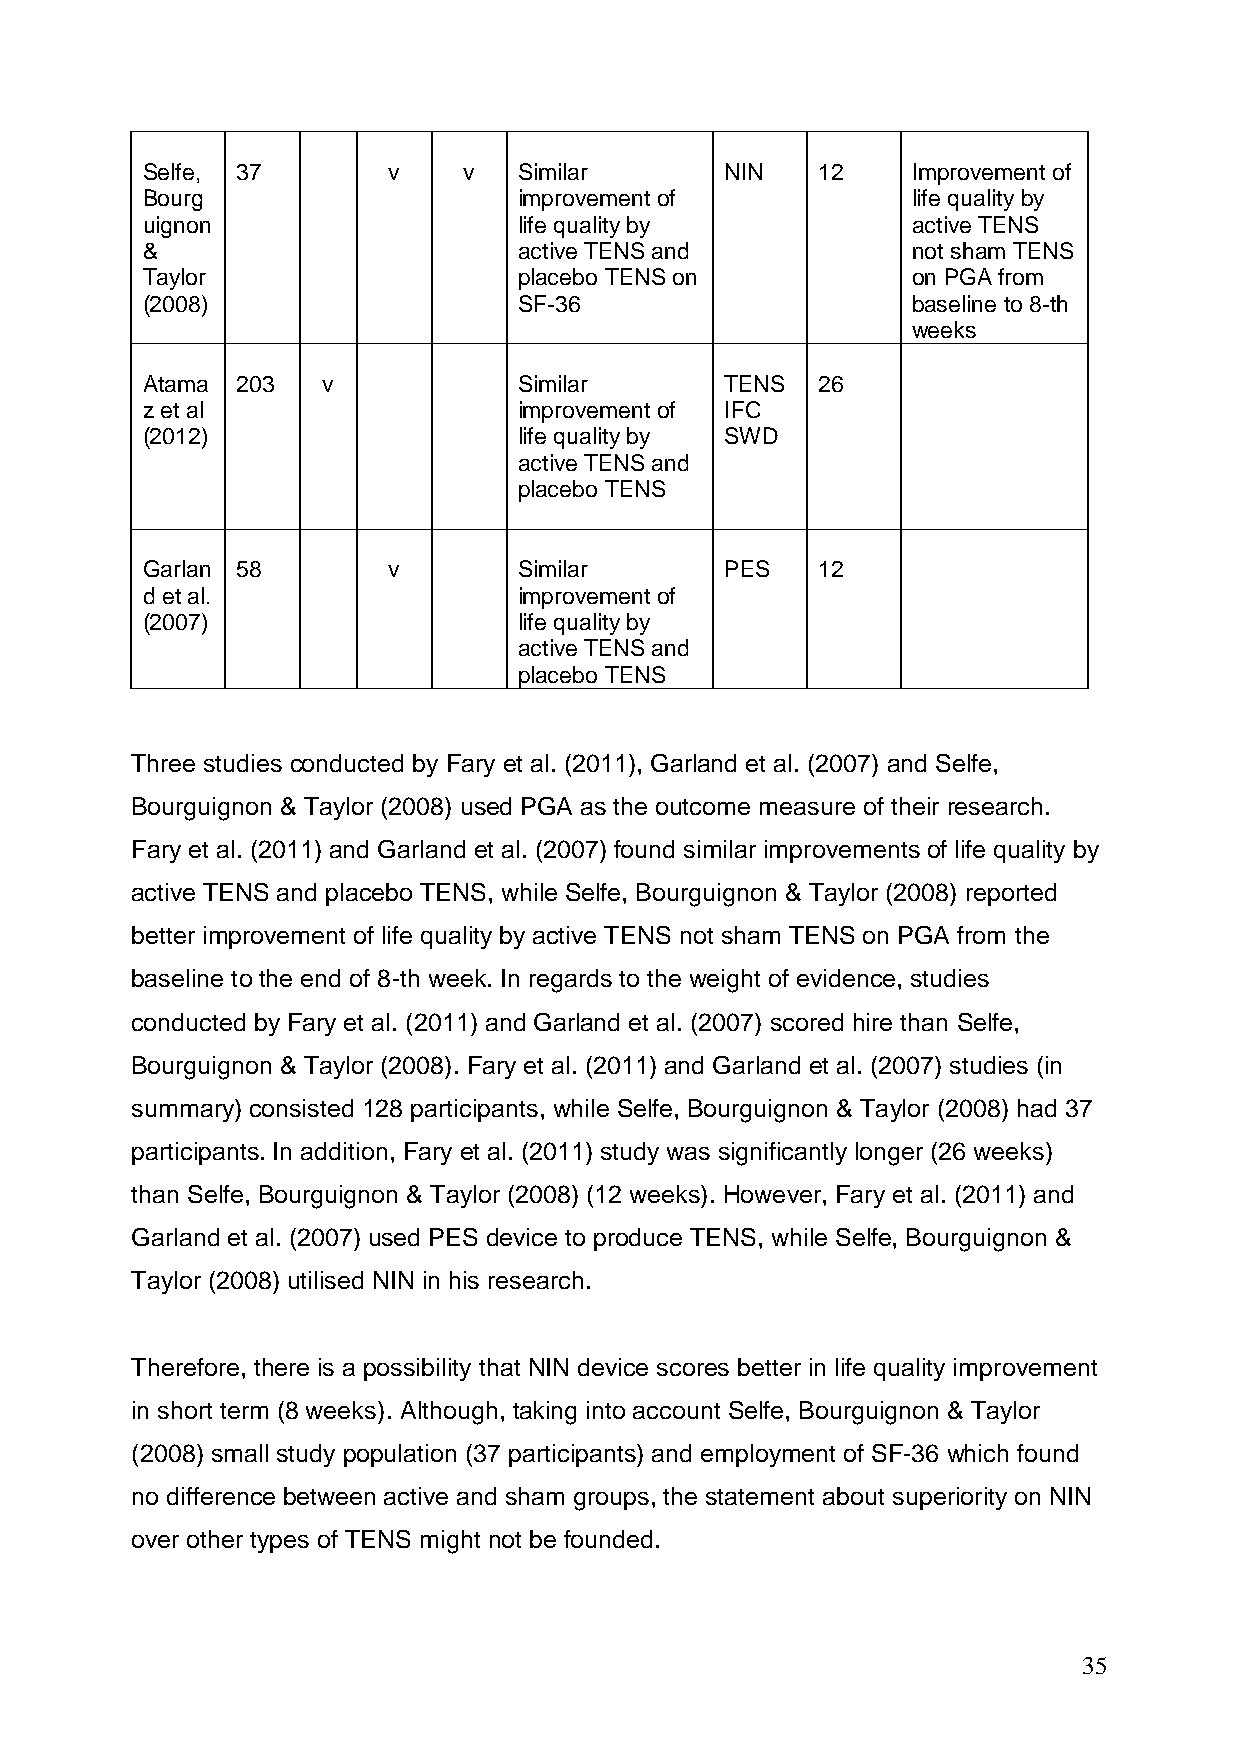
Selfe, 37        v    v  Similar       NIN   12    Improvement of
 Bourg                    improvement of            life quality by
 uignon                   life quality by           active TENS
 &                        active TENS and           not sham TENS
 Taylor                   placebo TENS on           on PGA from
 (2008)                   SF-36                     baseline to 8-th
 weeks
 Atama  203  v            Similar       TENS  26
 z et al                  improvement of IFC
 (2012)                   life quality by SWD
 active TENS and
 placebo TENS
 Garlan 58        v       Similar       PES   12
 d et al.                 improvement of
 (2007)                   life quality by
 active TENS and
 placebo TENS
 Three studies conducted by Fary et al. (2011), Garland et al. (2007) and Selfe,
 Bourguignon & Taylor (2008) used PGA as the outcome measure of their research.
 Fary et al. (2011) and Garland et al. (2007) found similar improvements of life quality by
 active TENS and placebo TENS, while Selfe, Bourguignon & Taylor (2008) reported
 better improvement of life quality by active TENS not sham TENS on PGA from the
 baseline to the end of 8-th week. In regards to the weight of evidence, studies
 conducted by Fary et al. (2011) and Garland et al. (2007) scored hire than Selfe,
 Bourguignon & Taylor (2008). Fary et al. (2011) and Garland et al. (2007) studies (in
 summary) consisted 128 participants, while Selfe, Bourguignon & Taylor (2008) had 37
 participants. In addition, Fary et al. (2011) study was significantly longer (26 weeks)
 than Selfe, Bourguignon & Taylor (2008) (12 weeks). However, Fary et al. (2011) and
 Garland et al. (2007) used PES device to produce TENS, while Selfe, Bourguignon &
 Taylor (2008) utilised NIN in his research.
 Therefore, there is a possibility that NIN device scores better in life quality improvement
 in short term (8 weeks). Although, taking into account Selfe, Bourguignon & Taylor
 (2008) small study population (37 participants) and employment of SF-36 which found
 no difference between active and sham groups, the statement about superiority on NIN
 over other types of TENS might not be founded.
 35